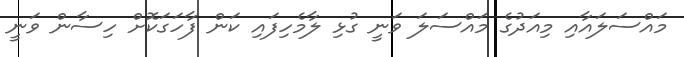
މައްސަލައާއި މިއަދުގެ މައްސަލަ ވަނީ ގުޅި ލާމެހިފައި ކަން ފާހަގަކޮށް ހިސާން ވަނީ